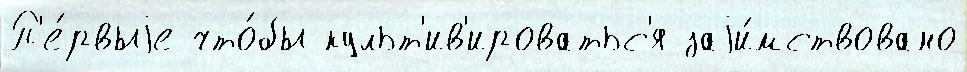
П'е́рвыjе что́бы культ'ив'ироватьс'я заjи́мствовано